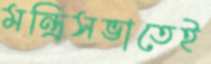
মন্ত্রিসভাতেই